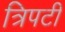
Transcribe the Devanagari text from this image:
त्रिपटी